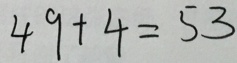
4 9 + 4 = 5 3